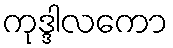
ကုဒ္ဒါလကော